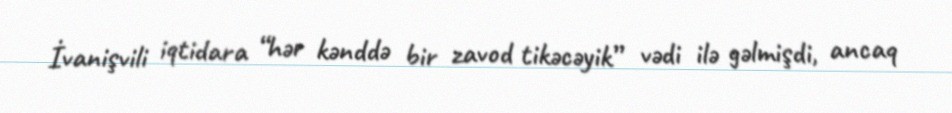
İvanişvili iqtidara “hər kənddə bir zavod tikəcəyik” vədi ilə gəlmişdi, ancaq